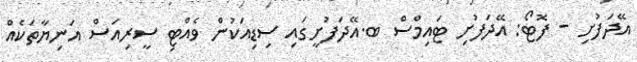
އޭދަފުށި - ފޮޓޯ: އޭދަފުށި ޓައިމްސް ބ.އޭދަފުށީގައި ސިޑިއަކުން ވެއްޓި ސީރިއަސް އަނިޔާތަކެއް